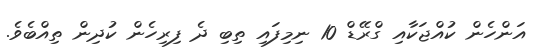
އަންހެން ކުއްޖަކާއި ގްރޭޑް 10 ނިމިފައި ތިބި ދެ ފިރިހެން ކުދިން ތިއްބެވެ.